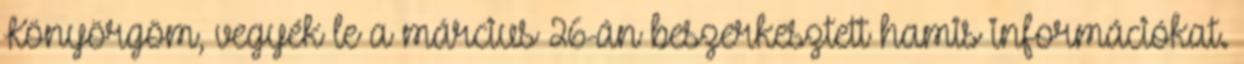
Könyörgöm, vegyék le a március 26-án beszerkesztett hamis információkat.